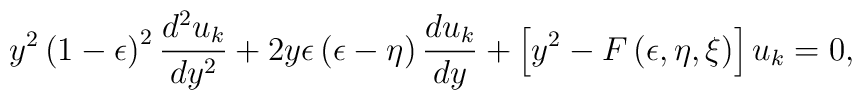
y^2 \left(1 - \epsilon\right)^2 {d^2 u_k \over d y^2} + 2 y \epsilon \left(\epsilon - \eta\right) {d u_k \over d y} + \left[y^2 - F\left(\epsilon, \eta, \xi\right)\right] u_k = 0,